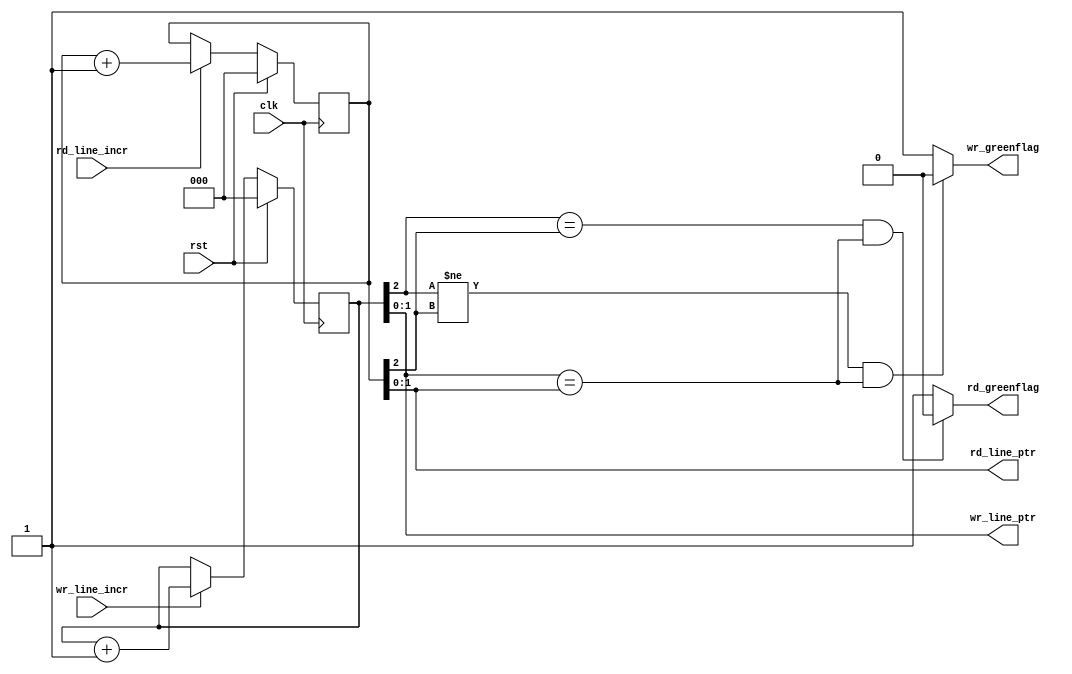
`timescale 1ns / 1ps
//////////////////////////////////////////////////////////////////////////////////
// Company:
// 
// Design Name: 
// Module Name: line_counters
// Project Name: L23buffer_v1 
// Target Devices: 
// Tool Versions: 
// Description: 
// 
// Dependencies: 
// 
// Revision:
// Revision 0.01 - File Created
// Additional Comments:
// 
//////////////////////////////////////////////////////////////////////////////////

module line_counters (
  input clk,
  input rst,
  input rd_line_incr, 
  input wr_line_incr,
  output rd_greenflag,
  output wr_greenflag,
  output [1:0] rd_line_ptr,
  output [1:0] wr_line_ptr
);

reg [2:0] tribit_rd_line_ptr;
reg [2:0] tribit_wr_line_ptr;

//RD_LINE_COUNTER
always @(posedge clk)
if (rst) begin
 tribit_rd_line_ptr <= 3'b0;
 end else if (rd_line_incr) begin
 tribit_rd_line_ptr <= tribit_rd_line_ptr + 1;
 end
 
//WR_LINE_COUNTER
always @(posedge clk)
if (rst) begin
 tribit_wr_line_ptr <= 3'b0;
 end else if (wr_line_incr) begin
 tribit_wr_line_ptr <= tribit_wr_line_ptr + 1;
 end

//output two LSBits out of tribit_rd_line_ptr 
 assign rd_line_ptr = tribit_rd_line_ptr[1:0];
//output two LSBits out of tribit_wr_line_ptr 
 assign wr_line_ptr = tribit_wr_line_ptr[1:0];

//"rd_greenflag" aka "not_empty"
//It is "0" when MSBits and other bits of "tribit_rd_line_ptr" and "tribit_wr_line_ptr" are equal
  assign rd_greenflag = ((tribit_wr_line_ptr[2] == tribit_rd_line_ptr[2]) &&                        
                         (tribit_wr_line_ptr[1:0] == tribit_rd_line_ptr[1:0])) ? 0 : 1;

//"wr_greenflag" aka "not_full"
//It is "0" when MSBits of "tribit_rd_line_ptr" and "tribit_wr_line_ptr" are not equal but other bits equal
  assign wr_greenflag = ((tribit_wr_line_ptr[2] != tribit_rd_line_ptr[2]) &&                        
                         (tribit_wr_line_ptr[1:0] == tribit_rd_line_ptr[1:0])) ? 0 : 1;
  
endmodule